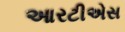
આરટીએસ